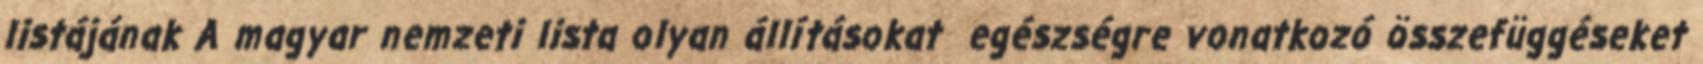
listájának A magyar nemzeti lista olyan állításokat egészségre vonatkozó összefüggéseket